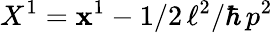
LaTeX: X^{1}=\mathbf{x}^{1}-1/2\, \ell^{2}/\hbar\, p^{2}